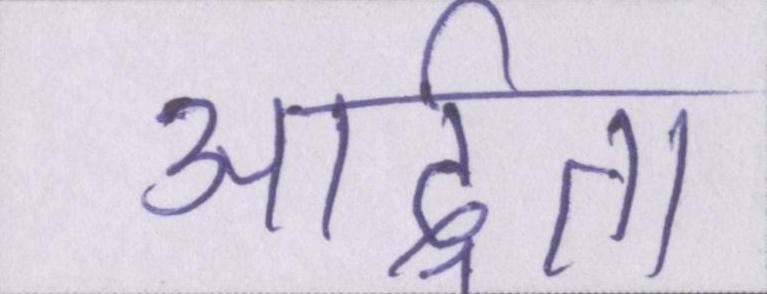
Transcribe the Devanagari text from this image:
आर्द्रता